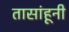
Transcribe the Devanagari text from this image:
तासांहूनी